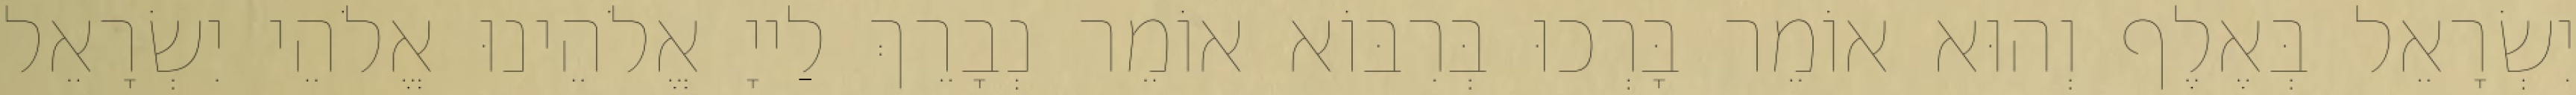
יִשְׂרָאֵל בְּאֶלֶף וְהוּא אוֹמֵר בָּרְכוּ בְּרִבּוֹא אוֹמֵר נְבָרֵךְ לַייָ אֱלֹהֵינוּ אֱלֹהֵי יִשְׂרָאֵל